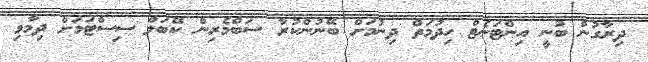
ދިރާގުން ބުނީ އިންޓަނެޓް ހިދުމަތް ދިނުމަށް ބޭނުންކުރާ ސަބްމެރިން ކޭބަލް ސިސްޓަމަށް ދިމާވި